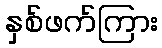
နှစ်ဖက်ကြား